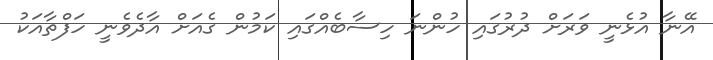
އޭނާ އުޅެނީ ވަރަށް ދުރުގައި ހުންނަ ހިސާބެއްގައި ކަމުން ގެއަށް އާދެވެނީ ހަފްތާއަކު